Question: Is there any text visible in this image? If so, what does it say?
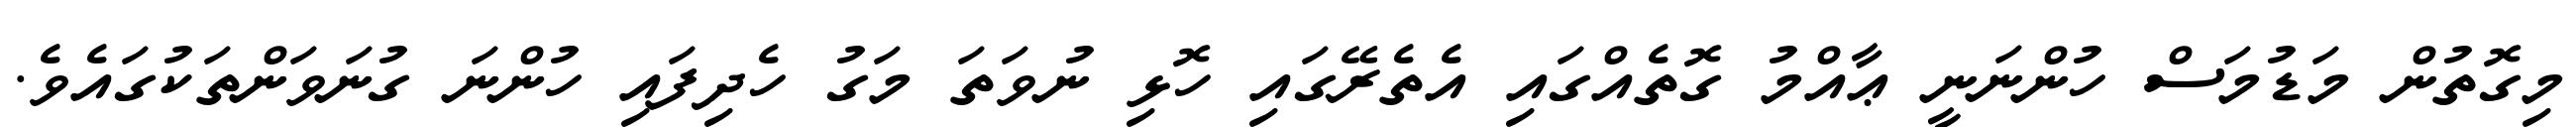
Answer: މިގޮތުން މަޑުމަސް ހުންނަނީ ޢާއްމު ގޮތެއްގައި އެތެރޭގައި ހޮޅި ނުވަތަ މަގު ހެދިފައި ހުންނަ ގުނަވަންތަކުގައެވެ.